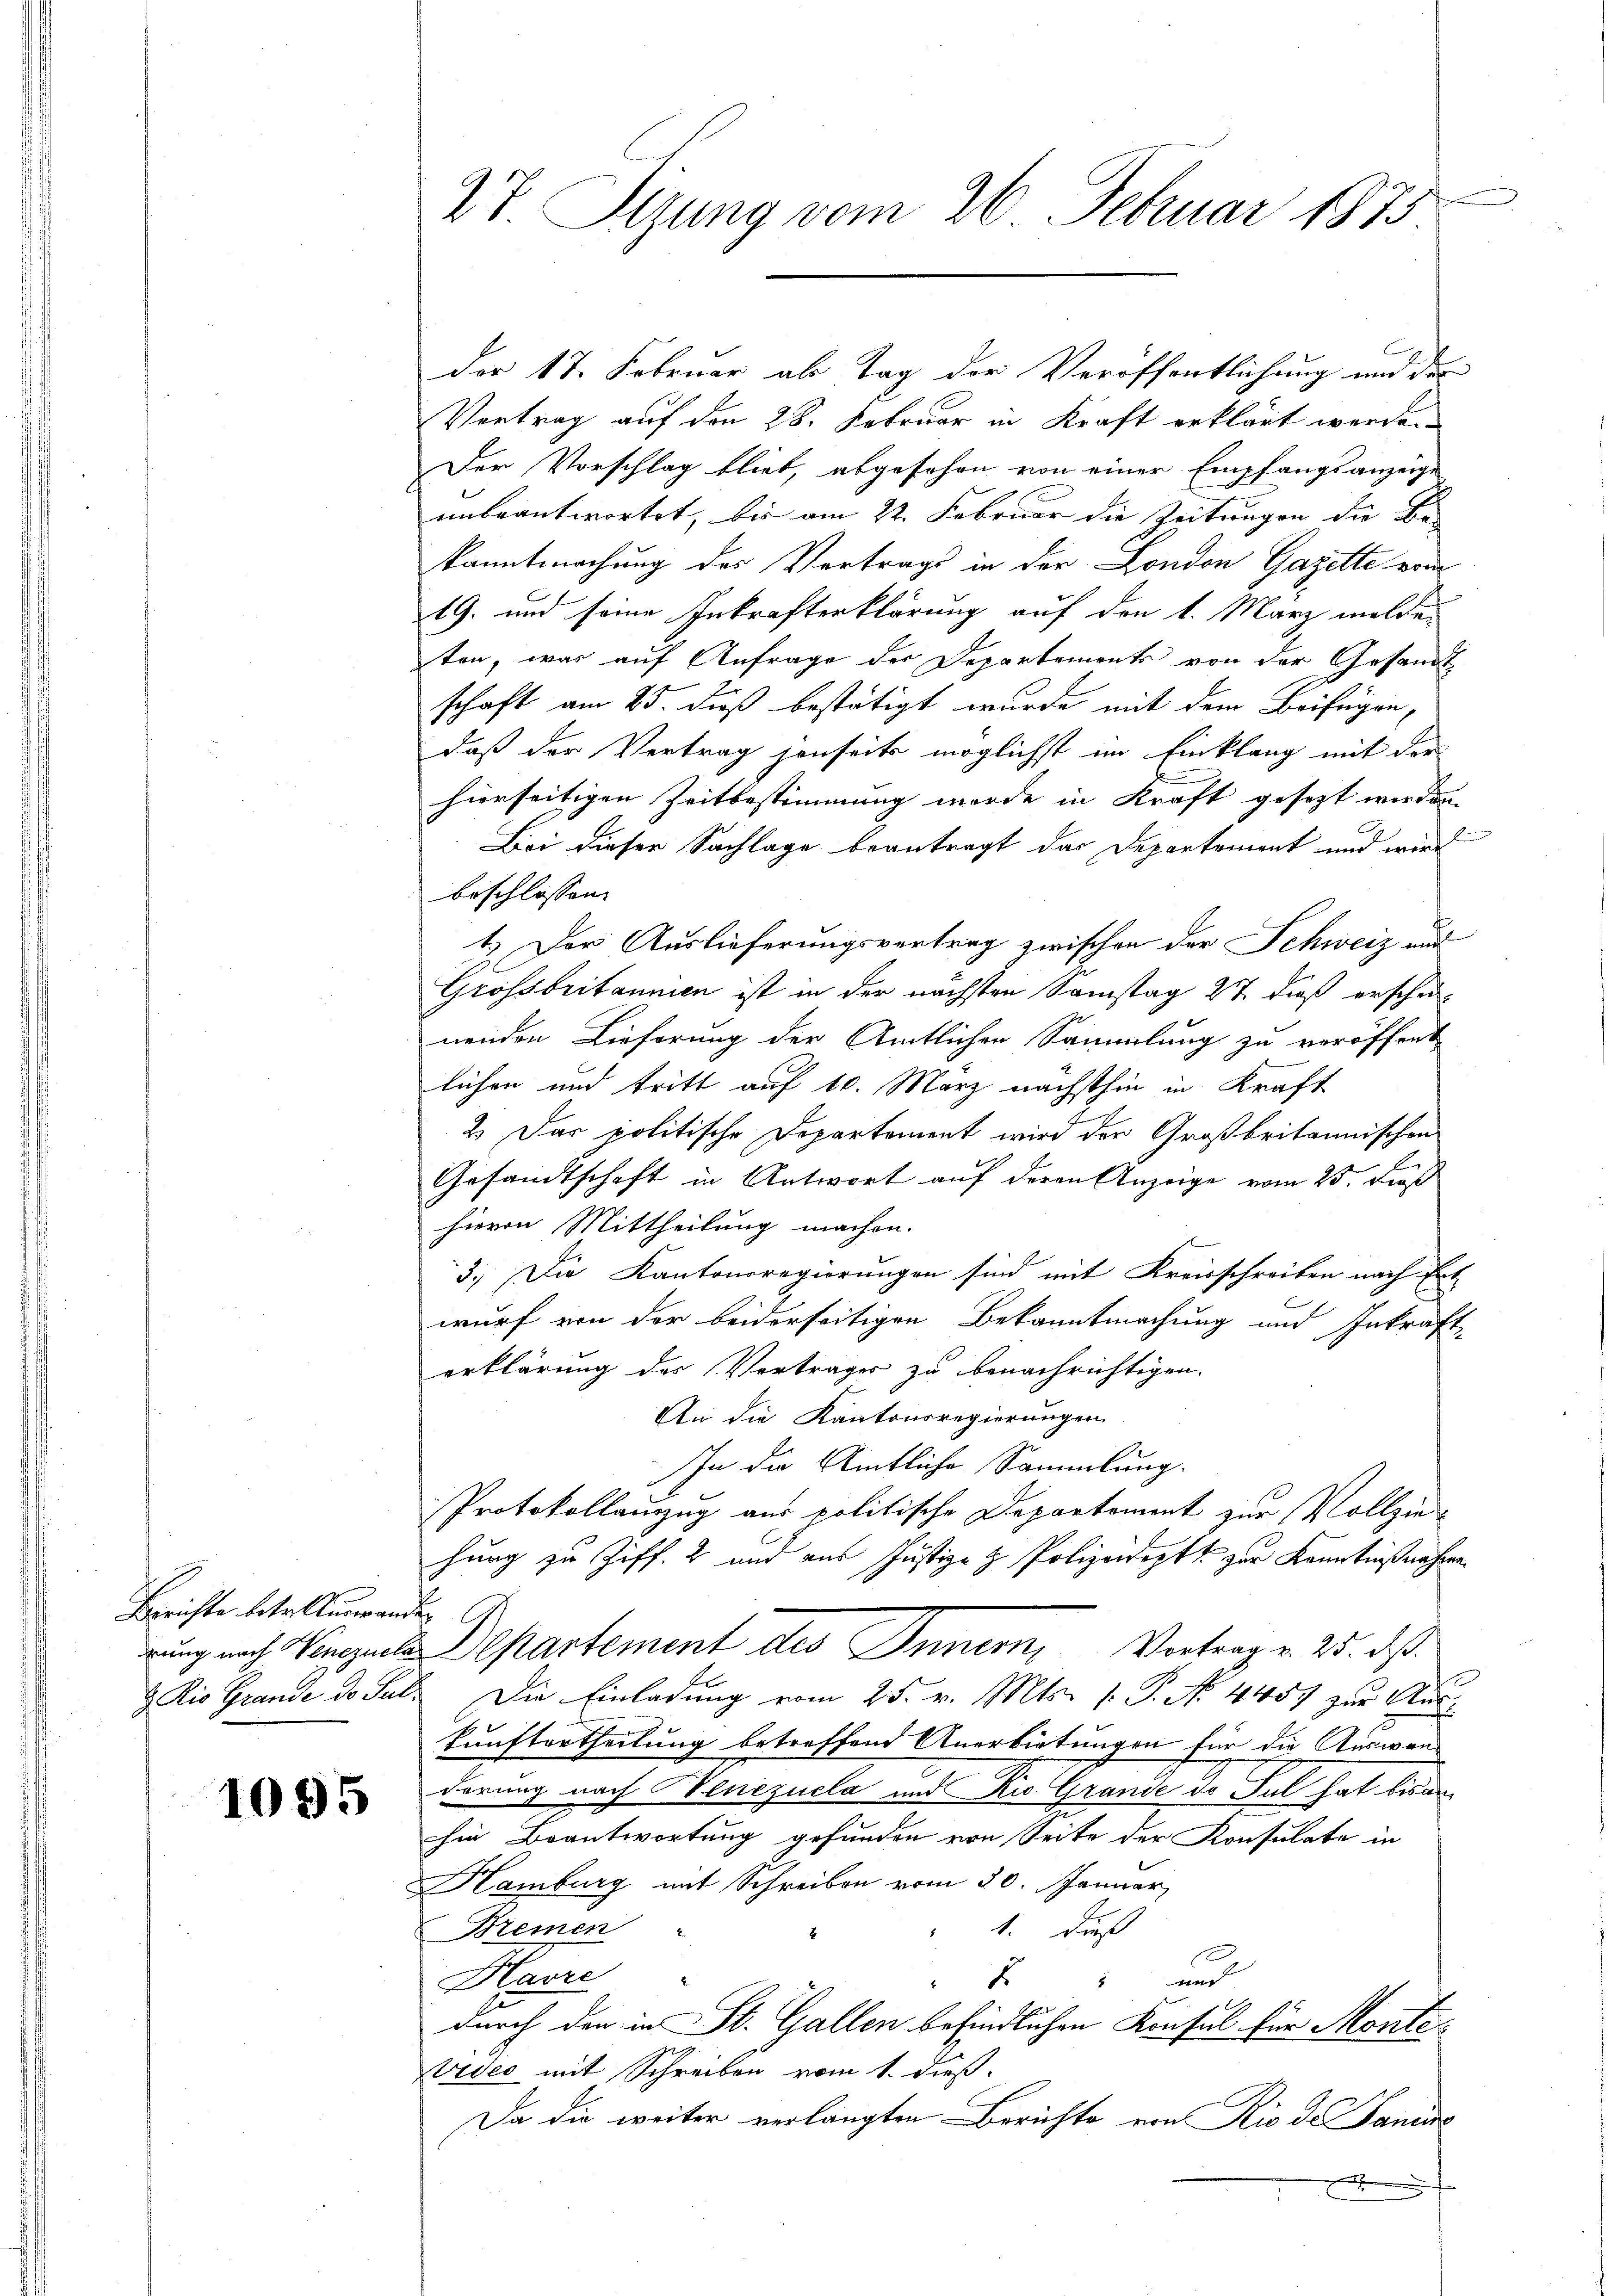
Berichte betr. Auswand
rung nach Venezuela
 Rio Grande Do Sal.

1095

27 Sizung vom 26. Februar 1873

der 17. Februar als Tag der Veröffentlichung und der
Vertrag auf den 28. Februar in Kraft erklärt werden
Der Vorschlag blieb, abgesehen von einer Empfangsanzeige
unbeantwortet, bis am 22. Februar die Zeitungen die Be- |
kanntmachung des Vertrags in der London Gazette vom
19. und seine Inkrafterklärung auf den 1. März meldeten, was auf Anfrage der Departements von der Gesandt
schaft am 25. dieß bestätigt wurde mit dem Beifügendaß der Vertrag jenseits möglichst im Einklang mit der
hierseitigen Zeitbestimmung werde in Kraft gesezt werden.
Bei dieser Sachlage beantragt das Departement und wird
beschlossen.
1.) Der Auslieferungsvertrag zwischen der Schweiz und
Grossbritannien ist in der nächsten Samstag 27 dieß erschei-
nenden Lieferung der Amtlichen Sammlung zu veröffent
lichen und tritt auf 10. März nächsthin in Kraft
2.) Das politische Departement wird der Großbritannischen
Gesandtschaft in Antwort auf deren Anzeige vom 25. Dies
hievon Mittheilung machen.
3.) Die Kantonsregierungen sind mit Kreisschreiben nach Ert-
wurf von der beiderseitigen Bekanntmachung und Inkraft-
erklärung des Vertrages zu benachrichtigen.
An die Kantonsregierungen
In die Amtliche Sammlung.
Protokollauzug aus politische Departement zur Vollzie
hung zu Ziff. 2 und aus Justiz- & Polizeideptt zur Kenntnißnahme
f
Departement des Inner, Vertrag u. 25. ds.
Die Einladung vom 25. v. Mts. v. P. No. 4457 zur Auskunftertheilung betreffend Anerbietungen für die Auswanderung nach Henczuela und die Grunde de Jul hat liede
hin Beantwortung gefunden von Seite der Konsulate in
Hamburg mit Schreiben vom 30. Januar,
1. dieß
Bremen
Harre
2 " und
durch den in St. Gallen befindlichen Konsul für Monte¬
Vides mit Schreiben vom 1. dieß.
Da die weiter verlangten Berichte von Rio des Saniine